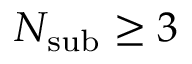
N _ { \mathrm { s u b } } \ge 3